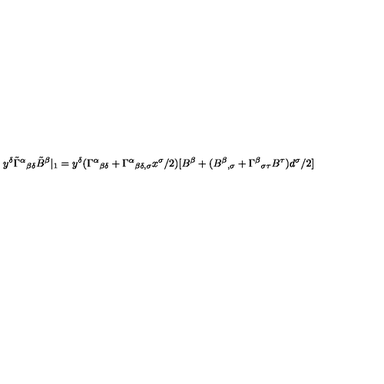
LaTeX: y ^ { \delta } \tilde { \Gamma } ^ { \alpha } { } _ { \beta \delta } \tilde { B } ^ { \beta } | _ { 1 } = y ^ { \delta } ( \Gamma ^ { \alpha } { } _ { \beta \delta } + \Gamma ^ { \alpha } { } _ { \beta \delta , \sigma } x ^ { \sigma } / 2 ) [ B ^ { \beta } + ( B ^ { \beta } { } _ { , \sigma } + \Gamma ^ { \beta } { } _ { \sigma \tau } B ^ { \tau } ) d ^ { \sigma } / 2 ]